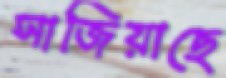
সাজিয়াছে